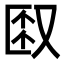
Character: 𫨼